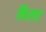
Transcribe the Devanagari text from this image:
मैसा